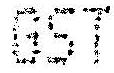
GST